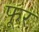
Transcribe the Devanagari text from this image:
फूर